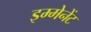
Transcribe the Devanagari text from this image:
इम्मेनेंट